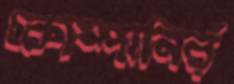
কোম্পানির্র